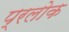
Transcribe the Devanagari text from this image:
प्रलोक